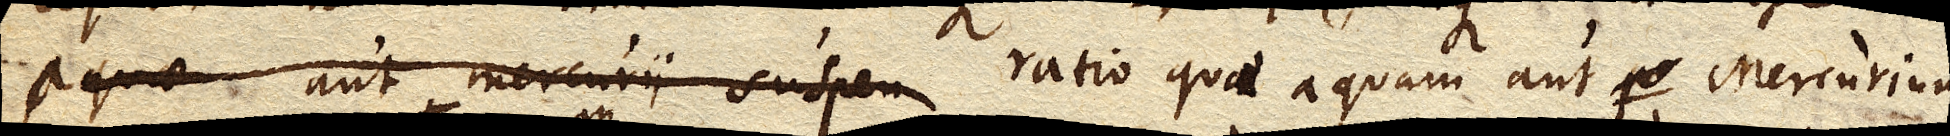
aquae aut Mercurii suspen ratio quae aquam aut Mercurium